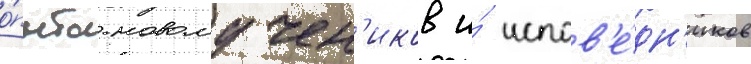
о́пыта новомучен'иков и́ испов'е́дн'иков